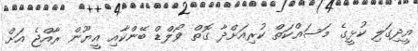
އީދިގަލި ކުޅީގެ މަސައްކަތް ކުރިއަށްދާ ގޮތް ވޯލްޑް ބޭންކާއި އީޔޫން ރާއްޖެ އަށް